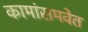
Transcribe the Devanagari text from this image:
कामांसमवेत